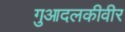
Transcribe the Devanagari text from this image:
गुआदलकीवीर